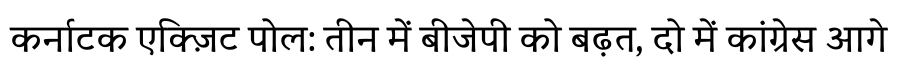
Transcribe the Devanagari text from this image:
कर्नाटक एक्ज़िट पोल: तीन में बीजेपी को बढ़त, दो में कांग्रेस आगे